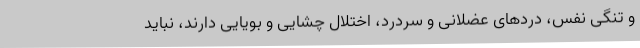
و تنگی نفس، دردهای عضلانی و سردرد، اختلال چشایی و بویایی دارند، نباید